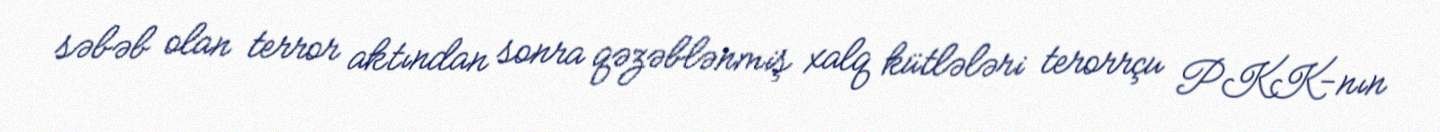
səbəb olan terror aktından sonra qəzəblənmiş xalq kütlələri terorrçu PKK-nın